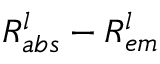
R _ { a b s } ^ { l } - R _ { e m } ^ { l }